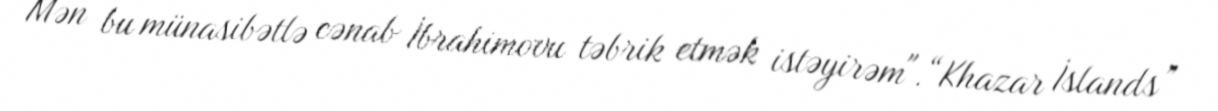
Mən bu münasibətlə cənab İbrahimovu təbrik etmək istəyirəm".“Khazar İslands”